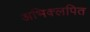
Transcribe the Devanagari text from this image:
अभिक्लपित